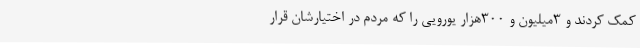
کمک کردند و 3میلیون و 300هزار یورویی را که مردم در اختیارشان قرار